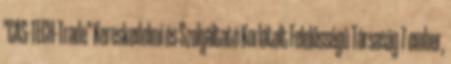
"CAS-TECH-Trade" Kereskedelmi és Szolgáltató Korlátolt Felelősségű Társaság 7 ember,